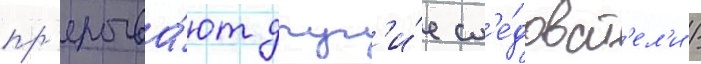
пр'ерыва́ют друг'и́е сл'е́доват'ел'и /